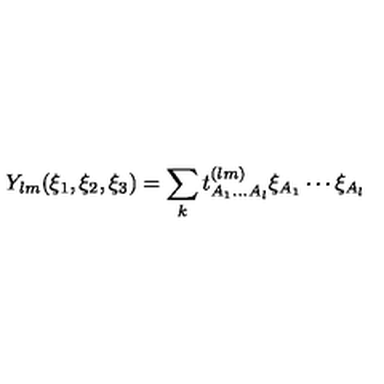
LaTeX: Y _ { l m } ( \xi _ { 1 } , \xi _ { 2 } , \xi _ { 3 } ) = \sum _ { k } t _ { A _ { 1 } \ldots A _ { l } } ^ { ( l m ) } \xi _ { A _ { 1 } } \cdots \xi _ { A _ { l } } \,